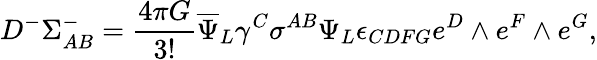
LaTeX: D^{-}\Sigma_{AB}^{-}={\frac{4\pi G}{3!}}{\overline{{\Psi}}}_{L}\gamma^{C}\sigma^{AB}\Psi_{L}\epsilon_{CDFG}e^{D}\wedge e^{F}\wedge e^{G},